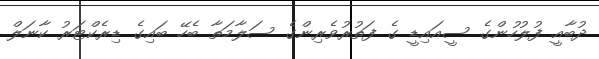
ދުބާއީ ފުލުހުންގެ ސީއައިޑީ ގެ ފަތުރުވެރިންގެ ސަލާމަތާ ބެހޭ ބައިގެ ޑިރެކްޓަރު ކާނަލް